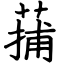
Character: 蒱